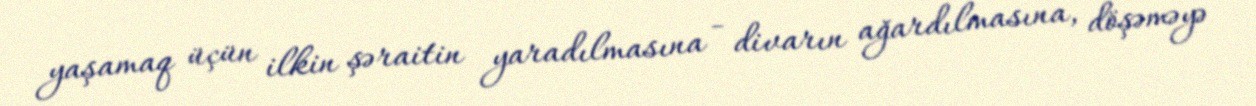
yaşamaq üçün ilkin şəraitin yaradılmasına - divarın ağardılmasına, döşəməyə